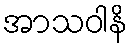
အာသဝါနိ